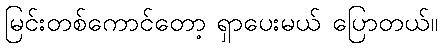
မြင်းတစ်ကောင်တော့ ရှာပေးမယ် ပြောတယ်။